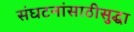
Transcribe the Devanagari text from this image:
संघटनांसाठीसुद्धा